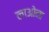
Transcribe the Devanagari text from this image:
लाओना